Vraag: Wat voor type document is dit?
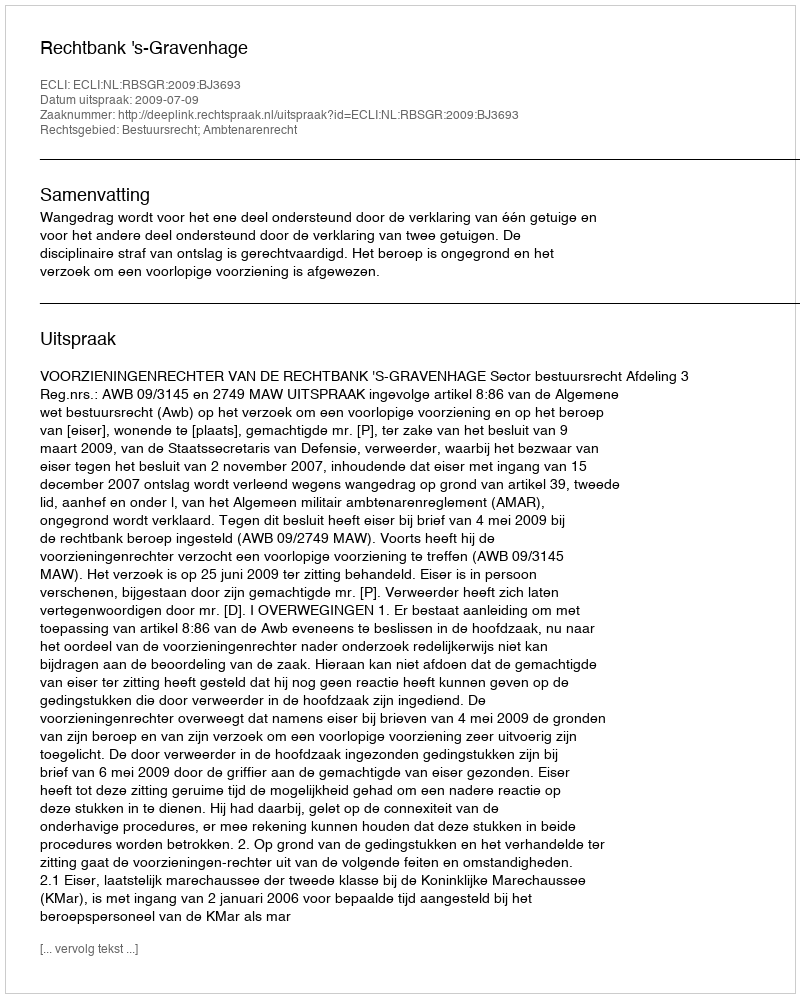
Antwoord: Uitspraak